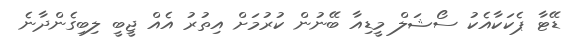
ޑޭޓާ ޕެކަކާއެކު ސޯޝަލް މީޑިއާ ބޭނުން ކުރުމަށް އިތުރު އެއް ޖީބީ ލިބިގެންދާނެ